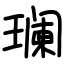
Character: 𬎑